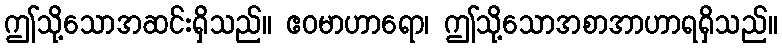
ဤသို့သောအဆင်းရှိသည်။ ဧဝမာဟာရော၊ ဤသို့သောအစာအာဟာရရှိသည်။